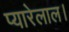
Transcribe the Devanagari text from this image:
प्यारेलाल।